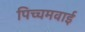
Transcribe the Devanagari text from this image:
पिच्चमवाई